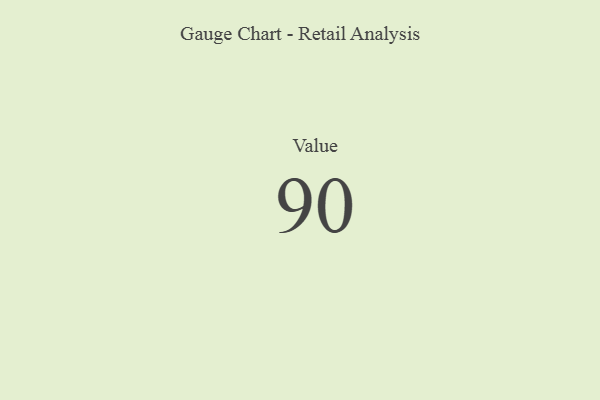
{"axis": {"x": "Metric", "y": "Value"}, "legend": [""], "data": [{"x": "Value", "y": 90, "type": ""}]}